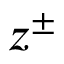
z ^ { \pm }